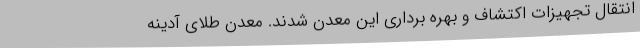
انتقال تجهیزات اکتشاف و بهره برداری این معدن شدند. معدن طلای آدینه